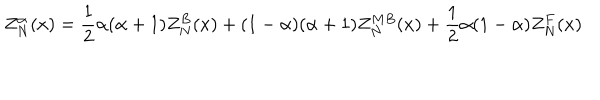
Z _ { N } ^ { \alpha } ( x ) = \frac { 1 } { 2 } \alpha ( \alpha + 1 ) Z _ { N } ^ { B } ( x ) + ( 1 - \alpha ) ( \alpha + 1 ) Z _ { N } ^ { M B } ( x ) + \frac { 1 } { 2 } \alpha ( 1 - \alpha ) Z _ { N } ^ { F } ( x )